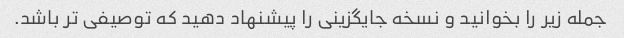
جمله زیر را بخوانید و نسخه جایگزینی را پیشنهاد دهید که توصیفی تر باشد.